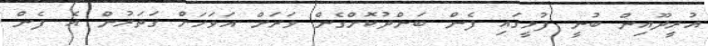
އުރީދޫއިން ބުނީ ފުޅީގައި ފެން ބަންދުކޮށްގެން ވަރަށް އަވަހަށް ގަތަރުން އެ ފެން